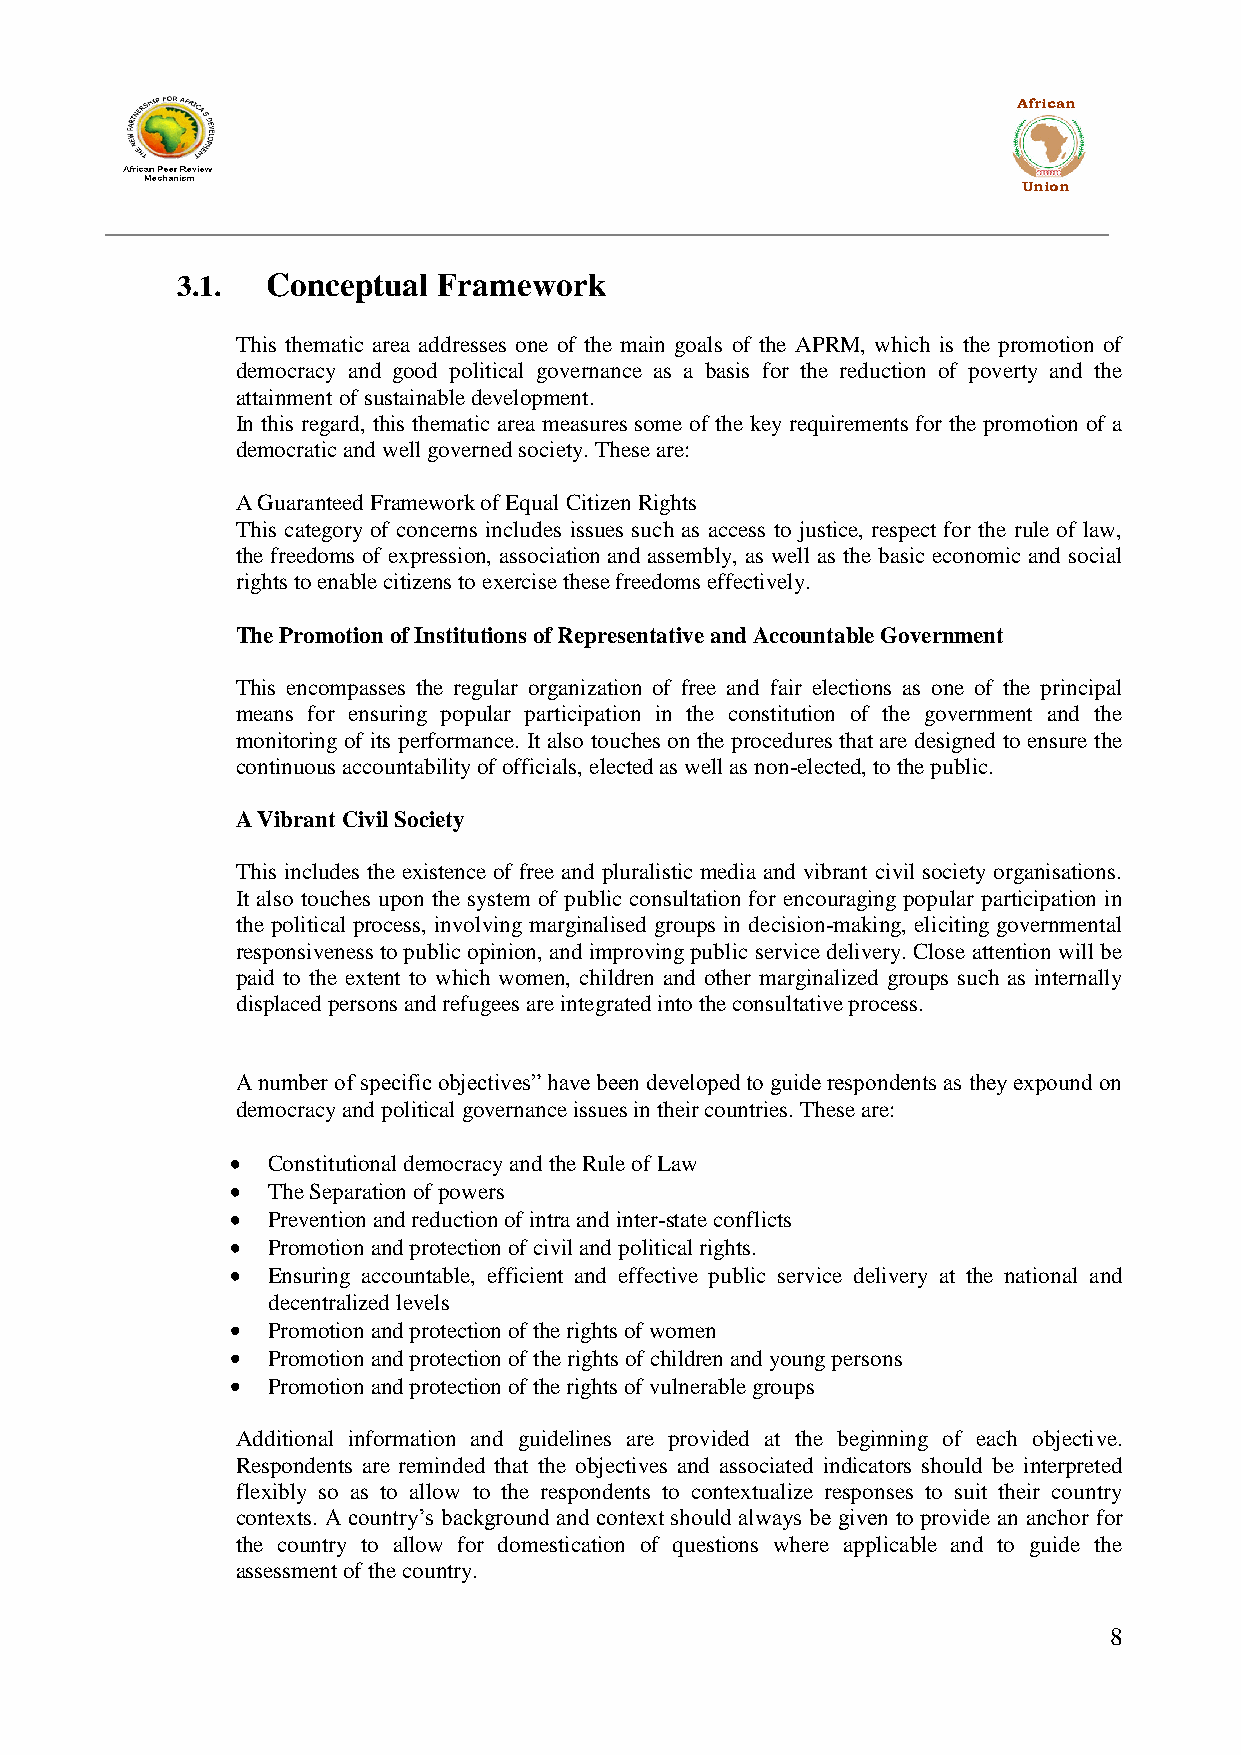
African
 Union
 3.1.  Conceptual Framework
 This thematic area addresses one of the main goals of the APRM, which is the promotion of
 democracy and good political governance as a basis for the reduction of poverty and the
 attainment of sustainable development.
 In this regard, this thematic area measures some of the key requirements for the promotion of a
 democratic and well governed society. These are:
 A Guaranteed Framework of Equal Citizen Rights
 This category of concerns includes issues such as access to justice, respect for the rule of law,
 the freedoms of expression, association and assembly, as well as the basic economic and social
 rights to enable citizens to exercise these freedoms effectively.
 The Promotion of Institutions of Representative and Accountable Government
 This encompasses the regular organization of free and fair elections as one of the principal
 means for ensuring popular participation in the constitution of the government and the
 monitoring of its performance. It also touches on the procedures that are designed to ensure the
 continuous accountability of officials, elected as well as non-elected, to the public.
 A Vibrant Civil Society
 This includes the existence of free and pluralistic media and vibrant civil society organisations.
 It also touches upon the system of public consultation for encouraging popular participation in
 the political process, involving marginalised groups in decision-making, eliciting governmental
 responsiveness to public opinion, and improving public service delivery. Close attention will be
 paid to the extent to which women, children and other marginalized groups such as internally
 displaced persons and refugees are integrated into the consultative process.
 A number of specific objectives” have been developed to guide respondents as they expound on
 democracy and political governance issues in their countries. These are:
 Constitutional democracy and the Rule of Law
 The Separation of powers
 Prevention and reduction of intra and inter-state conflicts
 Promotion and protection of civil and political rights.
 Ensuring accountable, efficient and effective public service delivery at the national and
 decentralized levels
 Promotion and protection of the rights of women
 Promotion and protection of the rights of children and young persons
 Promotion and protection of the rights of vulnerable groups
 Additional information and guidelines are provided at the beginning of each objective.
 Respondents are reminded that the objectives and associated indicators should be interpreted
 flexibly so as to allow to the respondents to contextualize responses to suit their country
 contexts. A country‟s background and context should always be given to provide an anchor for
 the country to allow for domestication of questions where applicable and to guide the
 assessment of the country.
 8